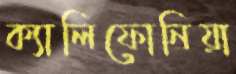
ক্যালিফোনিয়া